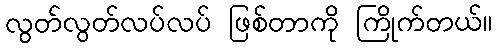
လွတ်လွတ်လပ်လပ် ဖြစ်တာကို ကြိုက်တယ်။